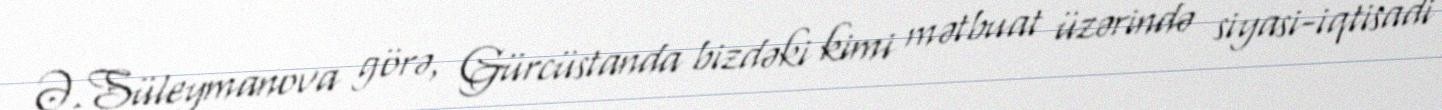
Ə.Süleymanova görə, Gürcüstanda bizdəki kimi mətbuat üzərində siyasi-iqtisadi